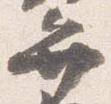
弁